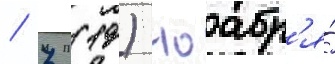
/ 7 (19) ноабр'я́